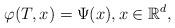
LaTeX: \begin{align*}\varphi(T, x) &= \Psi(x), x \in \mathbb{R}^d, \end{align*}